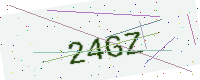
Text: 24GZ